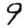
Digit: 9